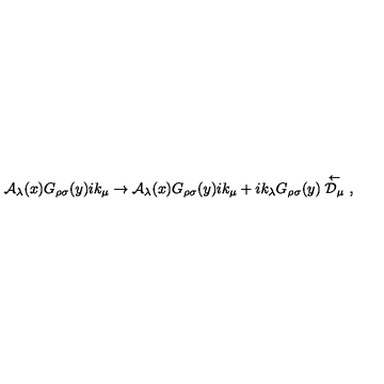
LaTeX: { \cal A } _ { \lambda } ( x ) G _ { \rho \sigma } ( y ) i k _ { \mu } \rightarrow { \cal A } _ { \lambda } ( x ) G _ { \rho \sigma } ( y ) i k _ { \mu } + i k _ { \lambda } G _ { \rho \sigma } ( y ) \stackrel { \leftarrow } { { \cal D } _ { \mu } } \ ,